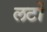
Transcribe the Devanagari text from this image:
लटों